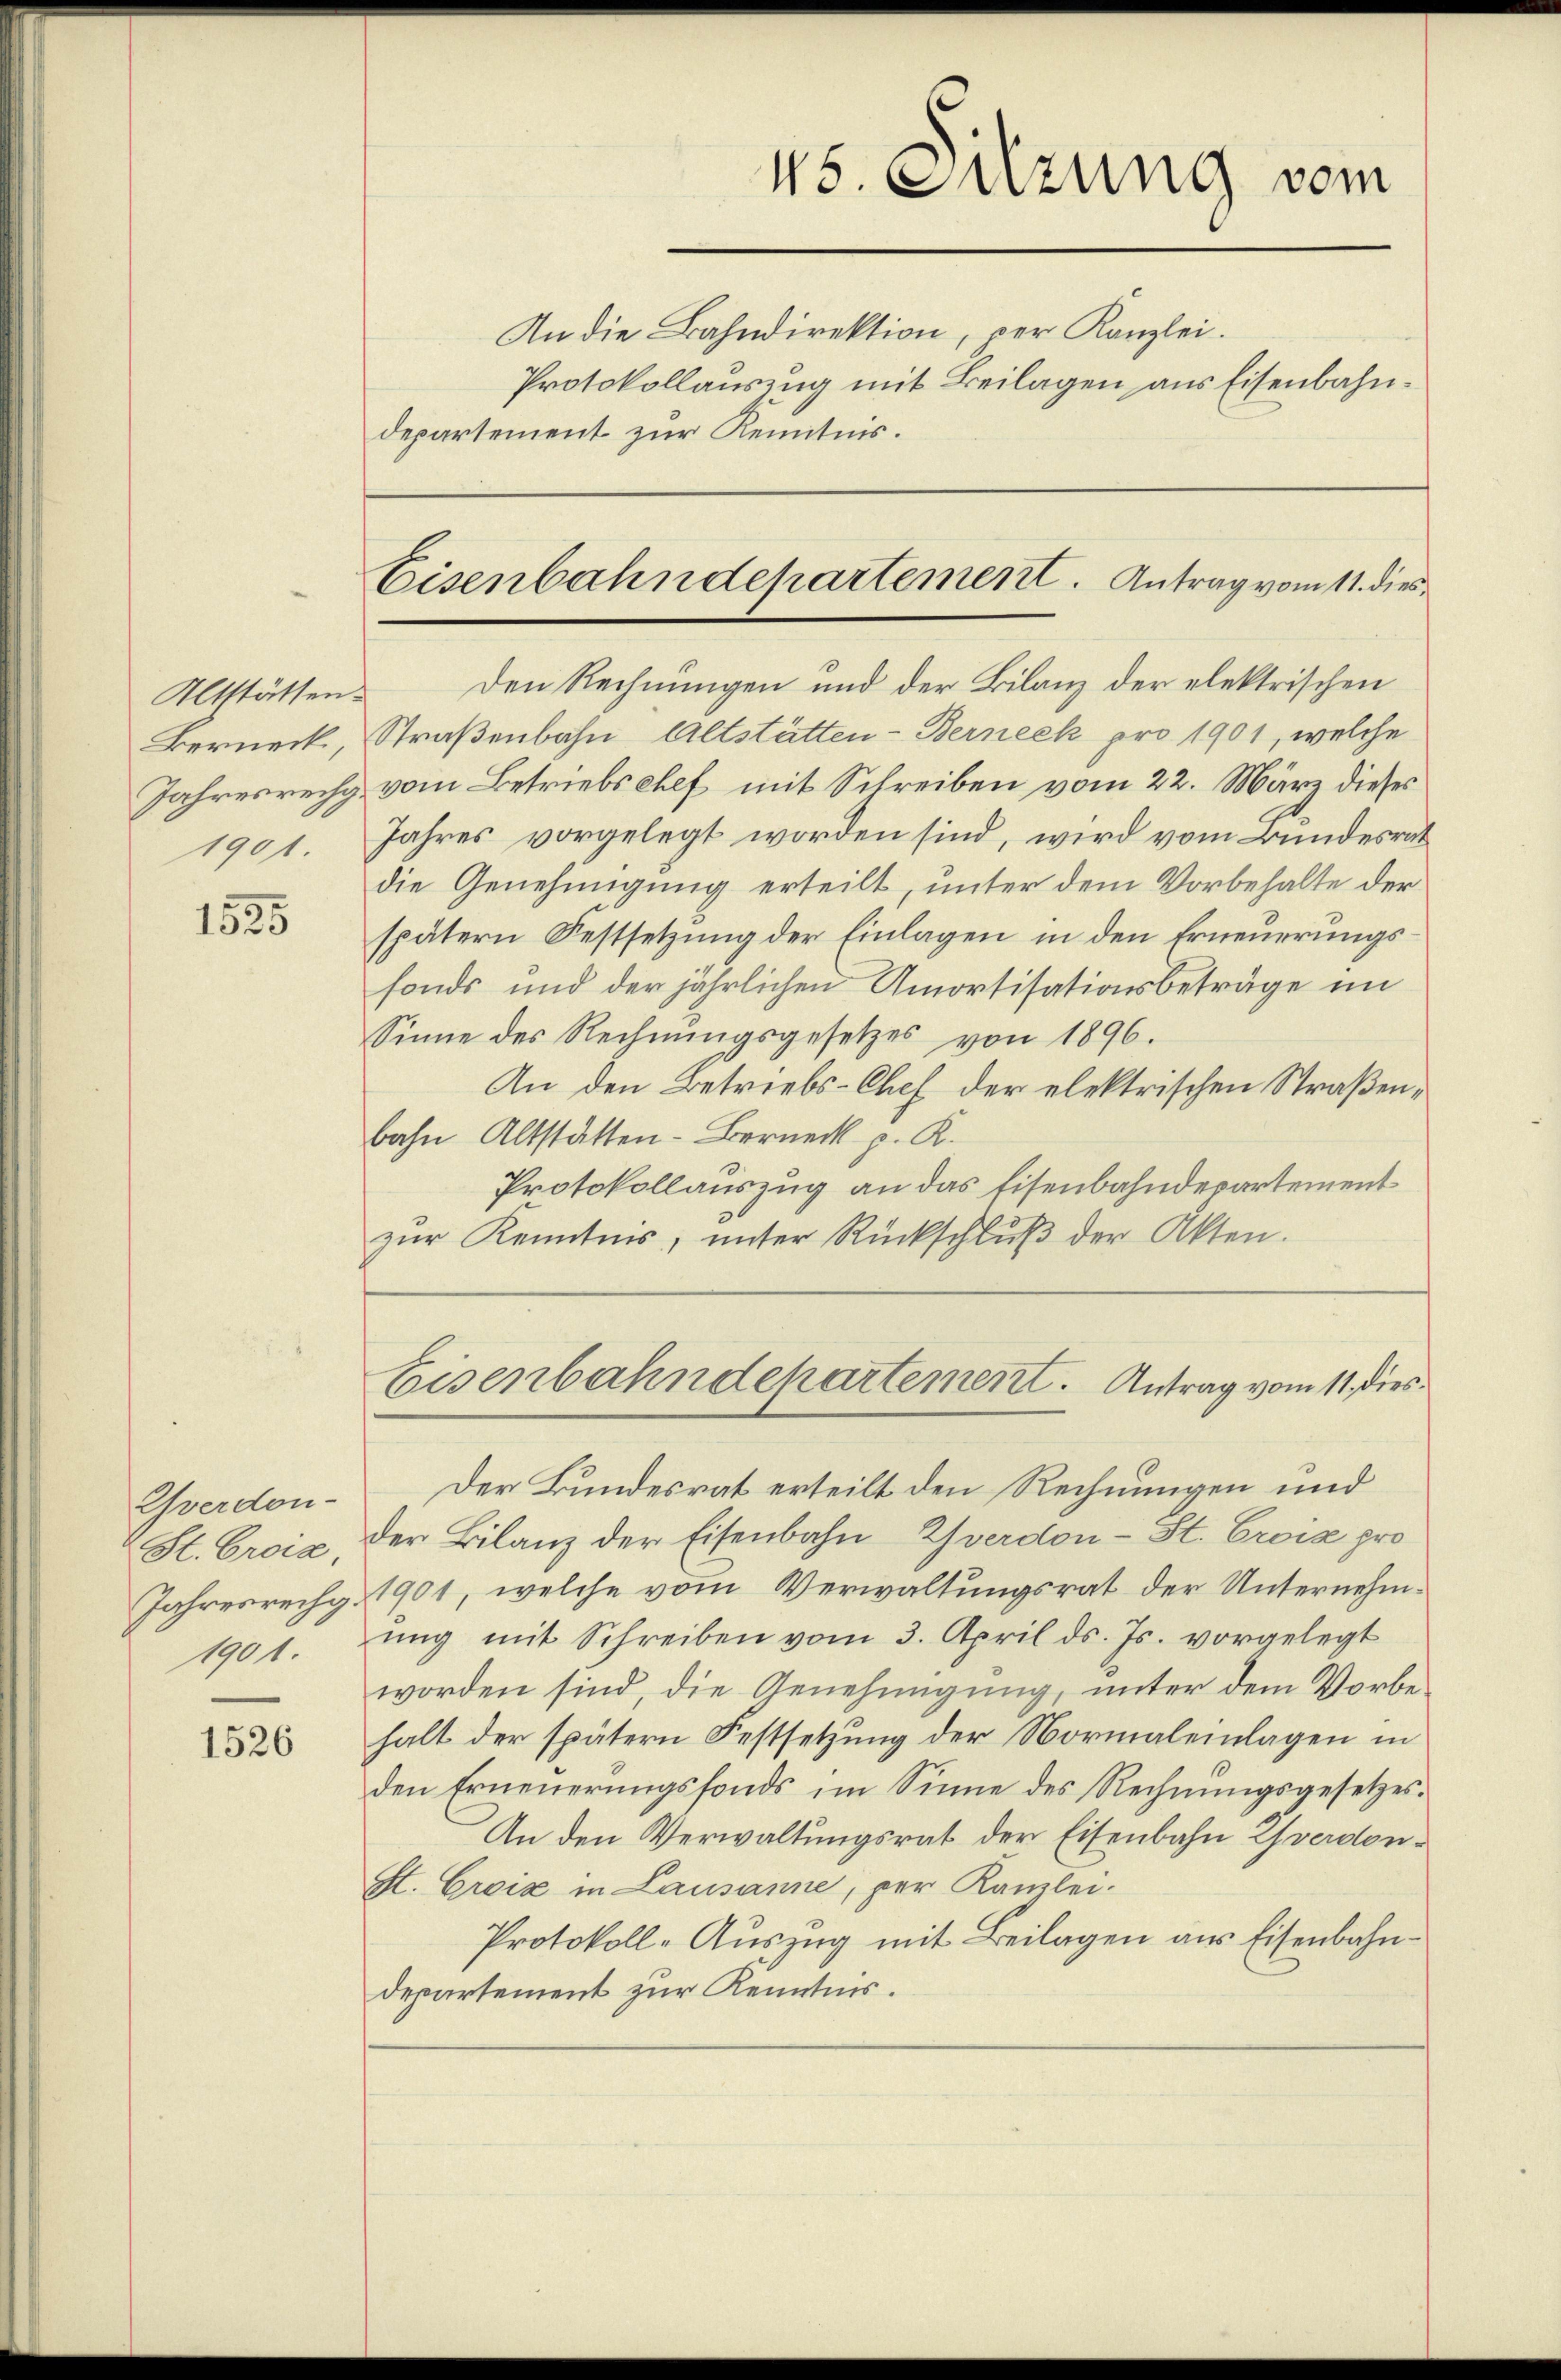
Altstätten.
Berneck,
Jahresrechg.
1901.

1525

Yverdon-
St. Croix,
1901.

1526

departement zur Kenntnis.

45. Sitzung vom
An die Bahndirektion, per Kanzlei.
Protokollauszug mit Beilagen aus Eisenbahn¬

Eisenbahndepartement. Antrag vom 11. dies

Eisenbahndepartement. Antrag vom 11. Dies

Den Rechnungen und der Bilanz der elektrischen
Straßenbahn Altstätten- Berneck pro 1901, welche
vom Betriebschef mit Schreiben vom 22. März dieses
Jahres vorgelegt worden sind, wird vom Bundesrat
die Genehmigung erteilt, unter dem Vorbehalte der
spätern Festsetzung der Einlagen in den Erneuerungsfonds und der jährlichen Amortisationsbeträge im
Sinne des Rechnungsgesetzes von 1896.
An den Betriebs-Chef der elektrischen Straßenbahn Altstätten-Berneck p. K.
Protokollauszug an das Eisenbahndepartement
zŭr Kenntnis, ŭnter Rückschlŭβ der Akten.

Der Bundesrat erteilt den Rechnungen und
der Bilanz der Eisenbahn Zverdon-St. Crois pro
Jahresrechg 1901, welche vom Verwaltungsrat der Unternehmŭng mit Schreiben vom 3. April ds. Js. vorgelegt
worden sind, die Genehmigung, unter dem Vorbehalt der spätern Festsetzung der Normaleinlagen in
den Erneuerungsfonds im Sinne des Rechnungsgesetzes¬
An den Verwaltungsrat der Eisenbahn Zverdonst. Croix in Lausanne, per Kanzlei.
Protokoll-Auszug mit Beilagen aus Eisenbahndepartement zur Kenntnis.